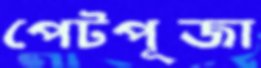
পেটপূজা